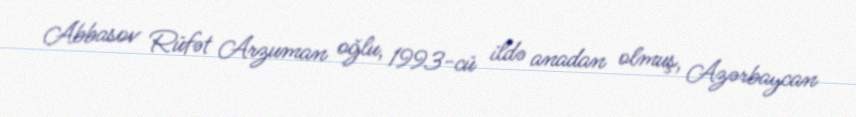
Abbasov Rüfət Arzuman oğlu, 1993-cü ildə anadan olmuş, Azərbaycan